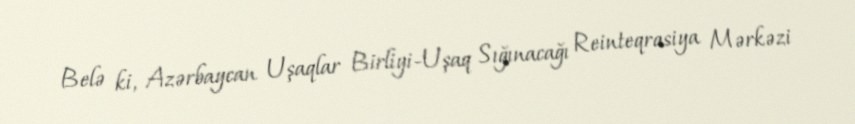
Belə ki, Azərbaycan Uşaqlar Birliyi-Uşaq Sığınacağı Reinteqrasiya Mərkəzi